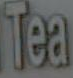
Tea